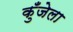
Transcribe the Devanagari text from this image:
कुँजेला